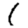
Digit: 1